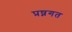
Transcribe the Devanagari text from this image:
प्रष्नगत